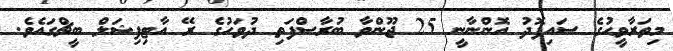
މިތަރާވީޙުގެ ސައިފޮދު އޮންނާނީ 25 ޖޫންވާ ބުރާސްފަތި ދުވަހުގެ ރޭ އާޓިފިޝަލް ބީޗްގައެވެ.